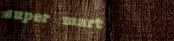
super mart